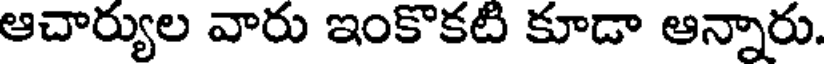
ఆచార్యుల వారు ఇంకొకటి కూడా ఆన్నారు.